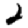
Digit: 2